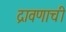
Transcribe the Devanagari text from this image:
द्रावणाची